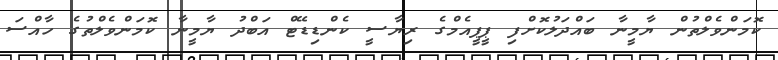
ކޮމަންވެލްތުން ޔާމީނާ ބައްދަލުކޮށްފި ޕީޕީއެމްގެ ރިޔާސީ ކެންޑިޑޭޓް އަބްދު ޔާމީނާ ކޮމަންވެލްތުގެ ހާއްސަ